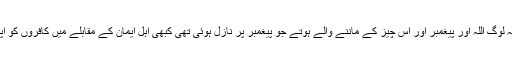
’’ اگر فی ا لواقع یہ لوگ اللہ اور پیغمبر اور اُس چیز کے ماننے والے ہوتے جو پیغمبر پر نازل ہوئی تھی کبھی اہل ِایمان کے مقابلے میں کافروں کو اپنا رفیق نہ بناتے۔